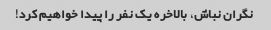
نگران نباش، بالاخره یک نفر را پیدا خواهیم کرد!